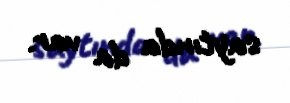
saytında da var.